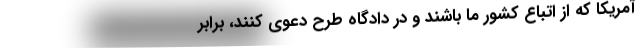
آمریکا که از اتباع کشور ما باشند و در دادگاه طرح دعوی کنند، برابر